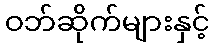
ဝဘ်ဆိုက်များနှင့်